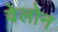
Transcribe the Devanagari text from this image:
वेलोन